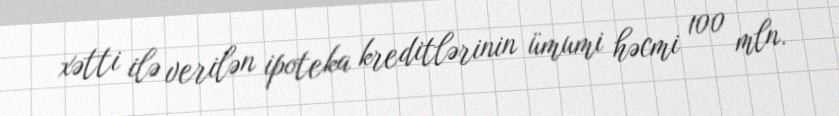
xətti ilə verilən ipoteka kreditlərinin ümumi həcmi 100 mln.